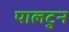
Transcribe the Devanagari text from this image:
पालटुन